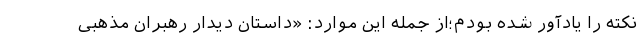
نکته را یادآور شده بودم؛از جمله این موارد: «داستان دیدار رهبران مذهبی